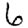
Digit: 6